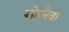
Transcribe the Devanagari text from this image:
गोजैवा